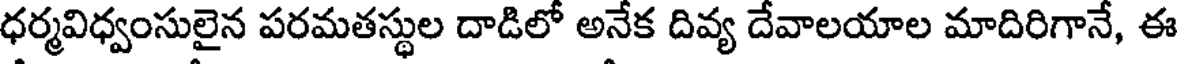
ధర్మవిధ్వంసులైన పరమతస్థుల దాడిలో అనేక దివ్య దేవాలయాల మాదిరిగానే, ఈ